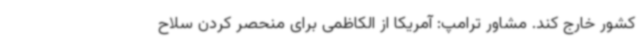
کشور خارج کند. مشاور ترامپ: آمریکا از الکاظمی برای منحصر کردن سلاح